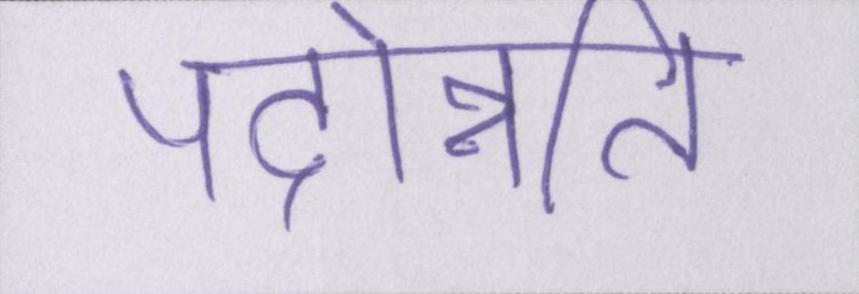
पदोन्नति